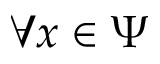
\forall x \in \Psi